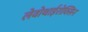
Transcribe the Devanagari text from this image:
लेवोथाईरोक्सिन